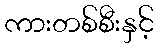
ကားတစ်စီးနှင့်